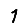
Digit: 1